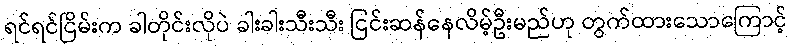
ရင်ရင်ငြိမ်းက ခါတိုင်းလိုပဲ ခါးခါးသီးသီး ငြင်းဆန်နေလိမ့်ဦးမည်ဟု တွက်ထားသောကြောင့်